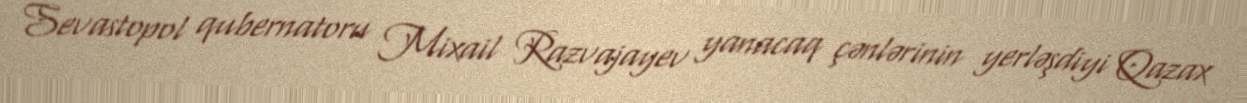
Sevastopol qubernatoru Mixail Razvajayev yanacaq çənlərinin yerləşdiyi Qazax